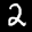
Digit: 2